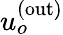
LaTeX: u_{o}^{\mathrm{(out)}}